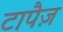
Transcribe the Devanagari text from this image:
टापैज़